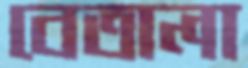
বেতালা